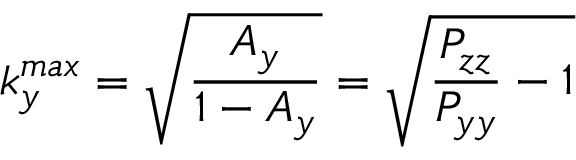
k _ { y } ^ { m a x } = \sqrt { \frac { A _ { y } } { 1 - A _ { y } } } = \sqrt { \frac { P _ { z z } } { P _ { y y } } - 1 }